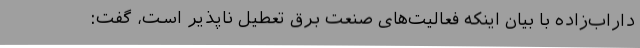
داراب‌زاده با بیان اینکه فعالیت‌های صنعت برق تعطیل ناپذیر است، گفت: